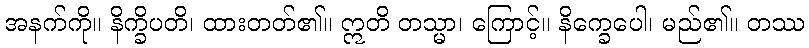
အနက်ကို။ နိက္ခိပတိ၊ ထားတတ်၏။ ဣတိ တသ္မာ၊ ကြောင့်။ နိက္ခေပေါ၊ မည်၏။ တဿ